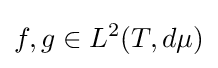
f,g\in L^{2}(T,d\mu )